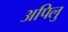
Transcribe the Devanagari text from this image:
अपिलु